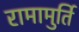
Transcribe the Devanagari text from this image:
रामामुर्ति